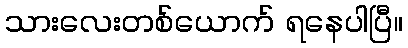
သားလေးတစ်ယောက် ရနေပါပြီ။